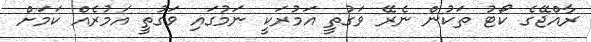
ރާއްޖޭގެ ކޯޓު ތަކުން ނެރޭ ވަގުތީ އަމުރަކީ ނަމުގައި ވަގުތީ އަމުރެއް ކަމަށް